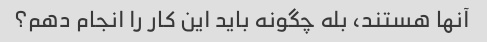
آنها هستند، بله چگونه باید این کار را انجام دهم؟